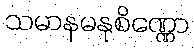
သမာနမနုစိဏ္ဏော